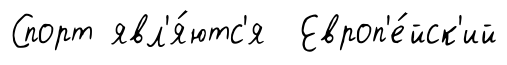
Спорт явл'я́ютс'я Европ'е́йск'ий